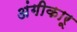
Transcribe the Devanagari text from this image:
अंगीकारू